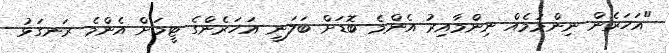
"އަހަރެން ނިންމުމެއް ނިންމާއިރު އެންމެ ބޮޑަށް ބަލަނީ އަހަރެންގެ ޓީމަށް އެންމެ ރަނގަޅު